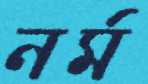
নর্ম